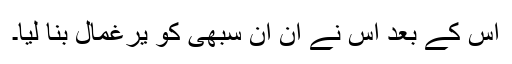
اس کے بعد اس نے ان ان سبھی کو یرغمال بنا لیا۔